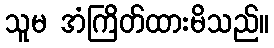
သူမ အံကြိတ်ထားမိသည်။